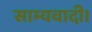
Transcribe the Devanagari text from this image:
साम्यवादी।